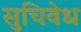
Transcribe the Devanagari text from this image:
सुचिवेध